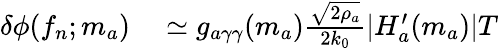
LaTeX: \begin{array}{rl}{\delta\phi(f_{n};m_{a})}&{{}\simeq g_{a\gamma\gamma}(m_{a})\frac{\sqrt{2\rho_{a}}}{2k_{0}}|H_{a}^{\prime}(m_{a})|T}\end{array}